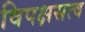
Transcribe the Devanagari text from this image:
विपक्षसत्व